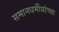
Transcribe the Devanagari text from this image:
समानधर्मीयांच्या